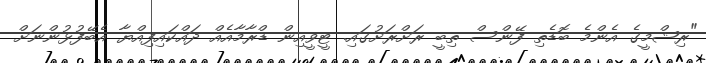
"ރިޝްމީގެ އެންމެ ބޮޑެތި ފޭންސް ތިބީ ރަށްރަށުގައި. ޓީވީއިން ޑްރާމާއެއް ދައްކައިފިއްޔާ އެބޭފުޅުންނަށް